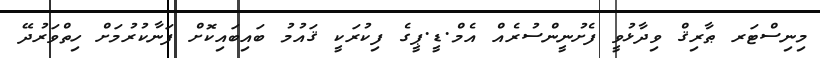
މިނިސްޓަރ ޠާރިޤް ވިދާޅުވީ ފެށުނީންސުރެއް އެމް.ޑީ.ޕީގެ ފިކުރަކީ ޤައުމު ބައިބައިކޮށް ފަނާކުރުމަށް ހިތްވަރުދޭ